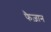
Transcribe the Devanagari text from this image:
फैज़ान